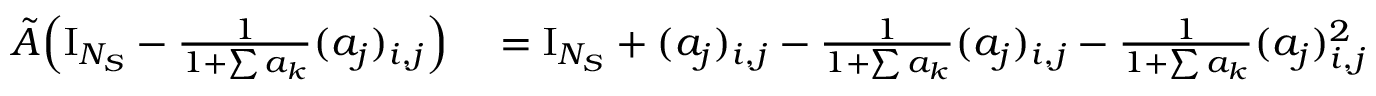
\begin{array} { r l } { \tilde { A } \Big ( \mathrm { I } _ { N _ { S } } - \frac 1 { 1 + \sum a _ { k } } ( a _ { j } ) _ { i , j } \Big ) } & { { } = \mathrm { I } _ { N _ { S } } + ( a _ { j } ) _ { i , j } - \frac 1 { 1 + \sum a _ { k } } ( a _ { j } ) _ { i , j } - \frac 1 { 1 + \sum a _ { k } } ( a _ { j } ) _ { i , j } ^ { 2 } } \end{array}